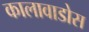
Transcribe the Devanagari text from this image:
कालावाडोस